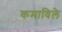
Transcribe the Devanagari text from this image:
कमाविले